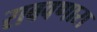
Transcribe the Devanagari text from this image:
राबवणारा